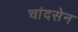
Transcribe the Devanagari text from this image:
चांदसेन